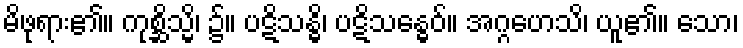
မိဖုရား၏။ ကုစ္ဆိသ္မိ၊ ၌။ ပဋိသန္ဓိ၊ ပဋိသန္ဓေဝ်။ အဂ္ဂဟေသိ၊ ယူ၏။ သော၊